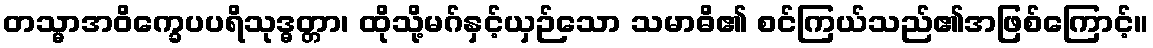
တသ္မာအဝိက္ခေပပရိသုဒ္ဓတ္တာ၊ ထိုသို့မဂ်နှင့်ယှဉ်သော သမာဓိ၏ စင်ကြယ်သည်၏အဖြစ်ကြောင့်။